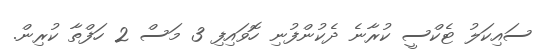
ސައިކަލު ޓެކްސީ ކުރާނެ ދެކުންފުނި ހޮވައިފި 3 މަސް 2 ހަފްތާ ކުރިން.